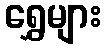
ရွှေများ